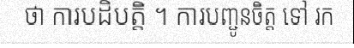
ថា ការបដិបត្តិ ។ ការបញ្ជូនចិត្ត ទៅ រក